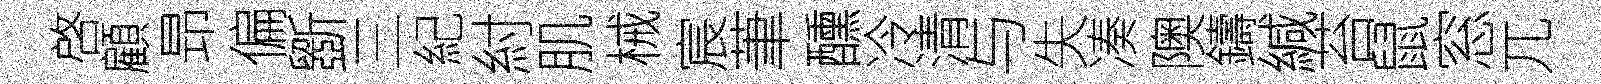
啓顧昻偏斵三紀紂肌械宸茟醺冷清与失凑隩鑄緘苔鼠窓兀